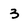
Character: 3